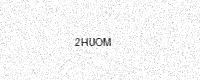
Text: 2HUOM